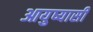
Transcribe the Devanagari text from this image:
आयुष्यासी